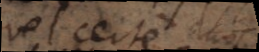
vel certe duos